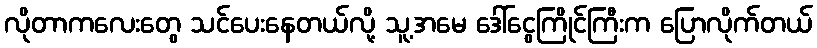
လိုတာကလေးတွေ သင်ပေးနေတယ်လို့ သူ့အမေ ဒေါ်ငွေကြိုင်ကြီးက ပြောလိုက်တယ်